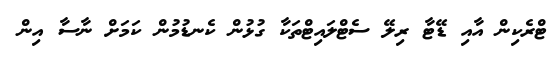
ޓްރެކިން އާއި ޑޭޓާ ރިލޭ ސެޓްލައިޓްތަކާ ގުޅުން ކެނޑުމުން ކަމަށް ނާސާ އިން